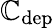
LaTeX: \mathbb{C}_{\mathrm{{dep}}}